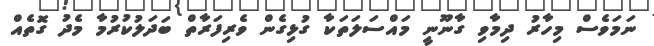
ނަމަވެސް މިހާރު ދިމާވި ގާނޫނީ މައްސަލަތަކާ ގުޅިގެން ވެރިފަރާތް ބަދަލުކުރުމާ މެދު ގޮތެއް